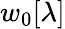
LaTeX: w_{0}[\lambda]